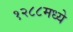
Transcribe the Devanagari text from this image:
१२८८मध्ये